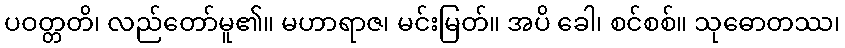
ပဝတ္တတိ၊ လည်တော်မူ၏။ မဟာရာဇ၊ မင်းမြတ်။ အပိ ခေါ၊ စင်စစ်။ သုဓောတဿ၊